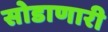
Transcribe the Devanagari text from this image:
सोडाणारी